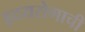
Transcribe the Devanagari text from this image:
हृदयरोगाची